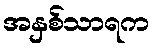
အနှစ်သာရက